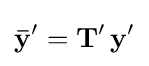
\mathbf {\bar {y}} '=\mathbf {T} '\,\mathbf {y} '